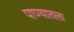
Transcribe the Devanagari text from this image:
पाण्यातला